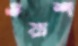
ওয়াশ